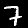
Label: 7